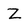
Character: Z